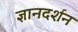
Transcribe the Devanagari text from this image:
ज्ञानदर्शन